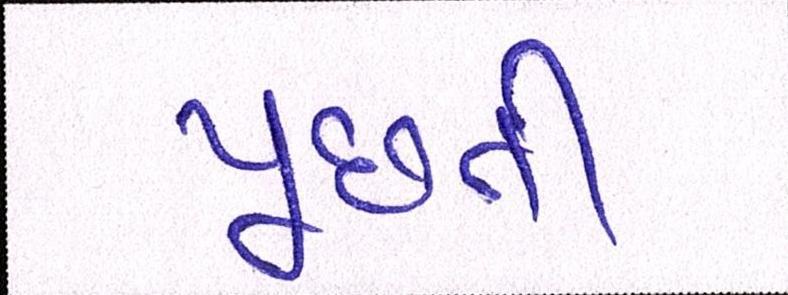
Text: પૂછતી